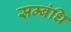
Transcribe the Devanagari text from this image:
सम्बंधि